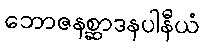
ဘောဇနစ္ဆာဒနပါနီယံ